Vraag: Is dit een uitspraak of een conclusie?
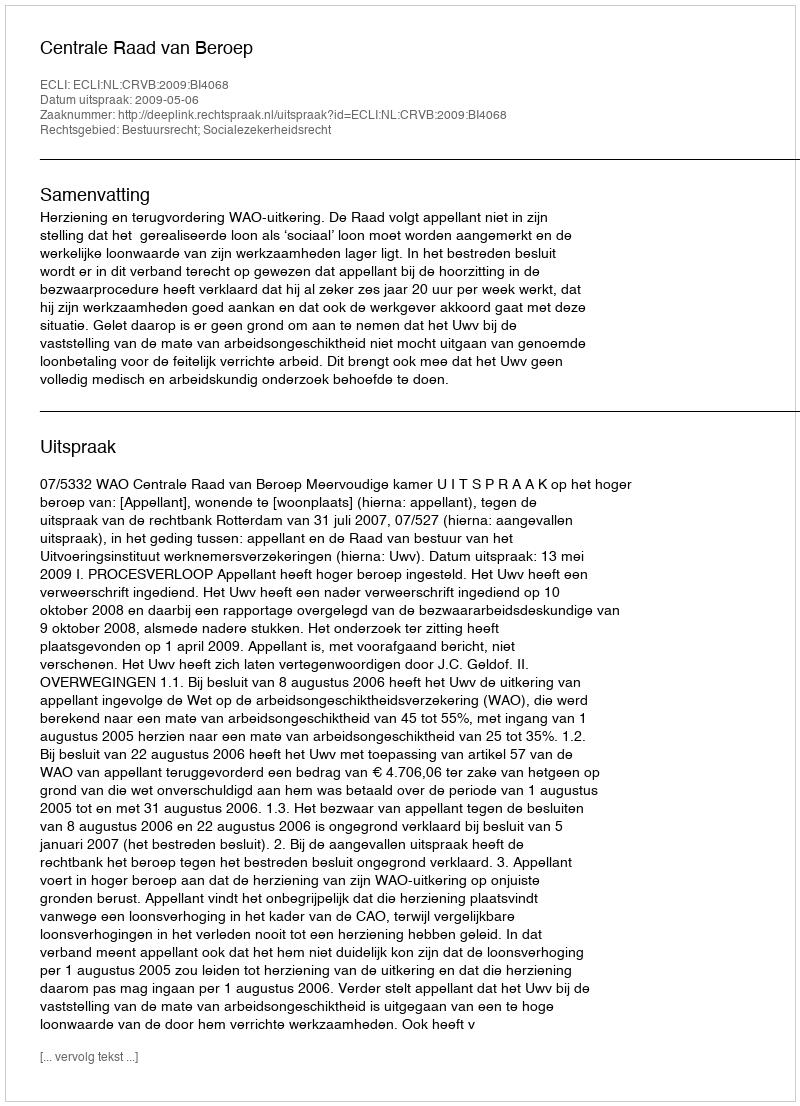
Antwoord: Uitspraak